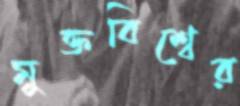
মুক্তবিশ্বের